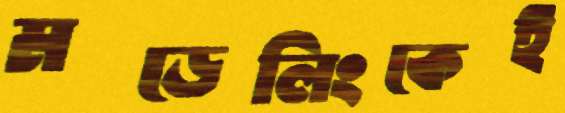
মডেলিংকেই